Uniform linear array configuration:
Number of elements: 12
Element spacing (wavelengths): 0.5
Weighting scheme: hamming
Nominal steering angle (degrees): -45
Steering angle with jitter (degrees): -45.682
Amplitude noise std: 0.05
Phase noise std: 0.05

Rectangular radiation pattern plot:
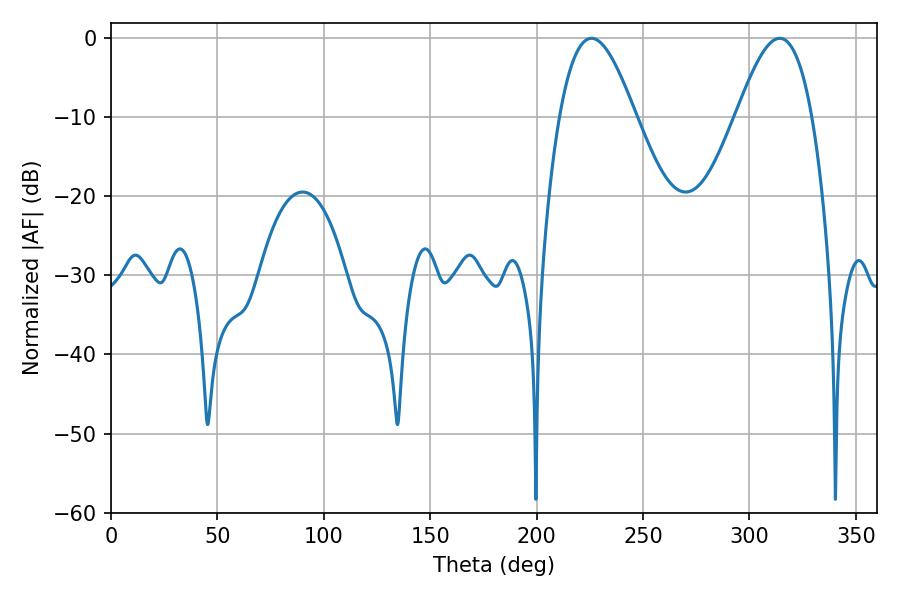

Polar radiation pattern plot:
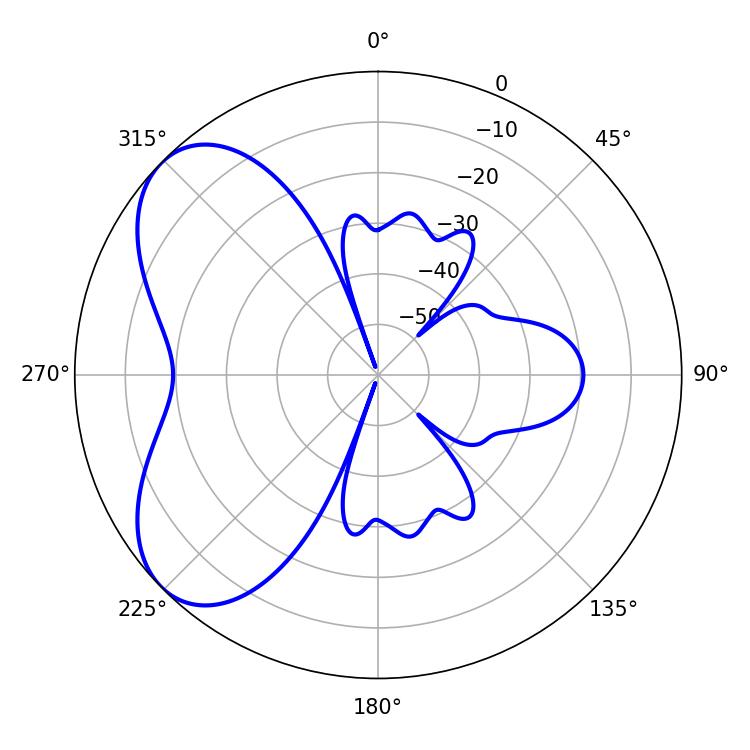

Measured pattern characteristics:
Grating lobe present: FALSE
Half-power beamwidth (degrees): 19.26
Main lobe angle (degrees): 225.72